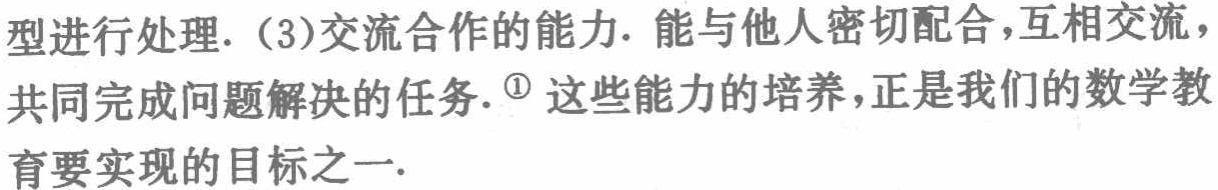
型进行处理.（3）交流合作的能力. 能与他人密切配合，互相交流，共同完成问题解决的任务. \textcircled{1} 这些能力的培养，正是我们的数学教育要实现的目标之一.